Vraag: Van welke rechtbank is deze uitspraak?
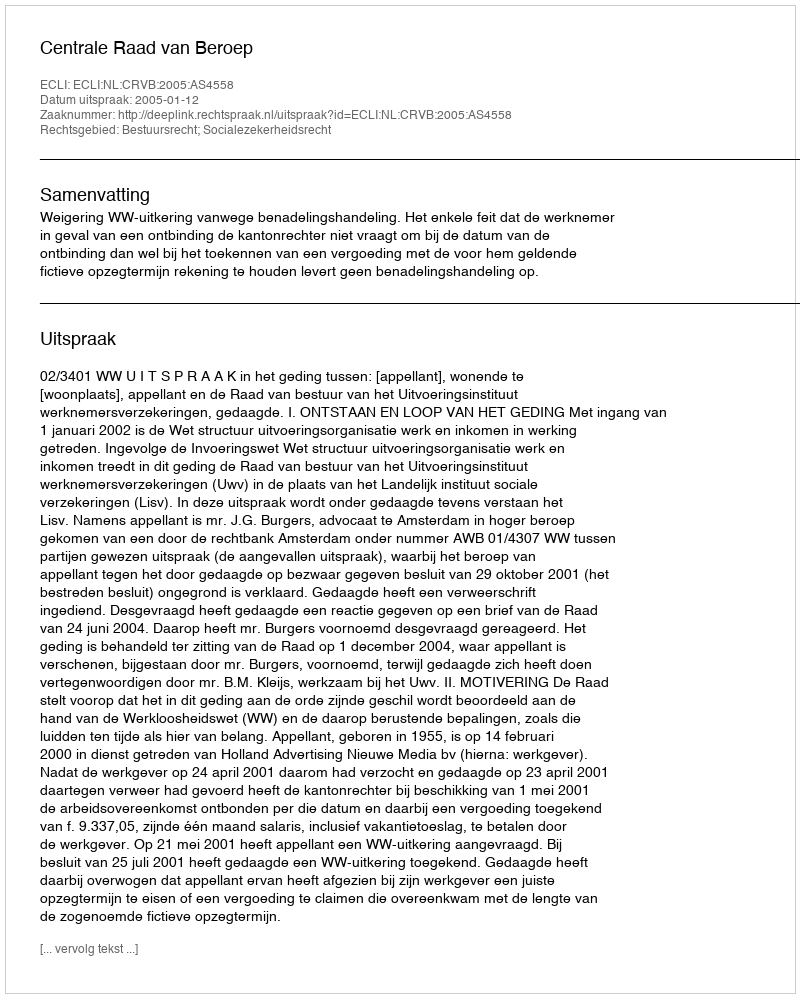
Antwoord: Centrale Raad van Beroep